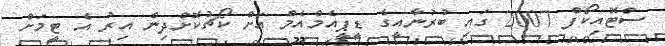
ސްޓޮއިކޯފް 2007 ގައި ބުރުނާއީގެ ޑީޕީއެމްއެމް އަށް ކޯޗުކޮށްދިން އިރު އެ ޓީމަށް